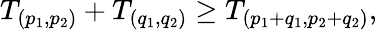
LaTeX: T_{(p_{1},p_{2})}+T_{(q_{1},q_{2})}\geq T_{(p_{1}+q_{1},p_{2}+q_{2})},